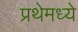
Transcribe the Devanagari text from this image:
प्रथेमध्ये